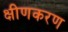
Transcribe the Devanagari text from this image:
क्षीणकरण